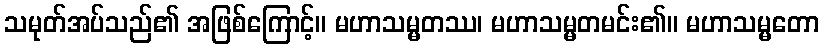
သမုတ်အပ်သည်၏ အဖြစ်ကြောင့်။ မဟာသမ္မတဿ၊ မဟာသမ္မတမင်း၏။ မဟာသမ္မတော